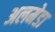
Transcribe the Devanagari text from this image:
अलमेडा